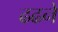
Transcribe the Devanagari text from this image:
ढढने